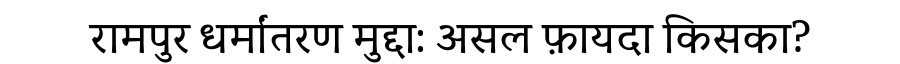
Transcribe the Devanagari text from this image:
रामपुर धर्मांतरण मुद्दा: असल फ़ायदा किसका?